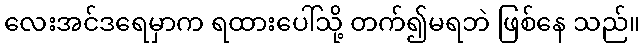
လေးအင်ဒရေမှာက ရထားပေါ်သို့ တက်၍မရဘဲ ဖြစ်နေ သည်။